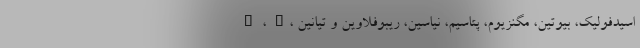
C ، A، اسیدفولیک، بیوتین، مگنزیوم، پتاسیم، نیاسین، ریبوفلاوین و تیانین